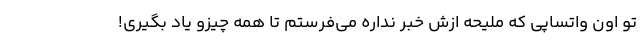
تو اون واتساپی که ملیحه ازش خبر نداره می­فرستم تا همه چیزو یاد بگیری!